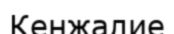
Кенжалие